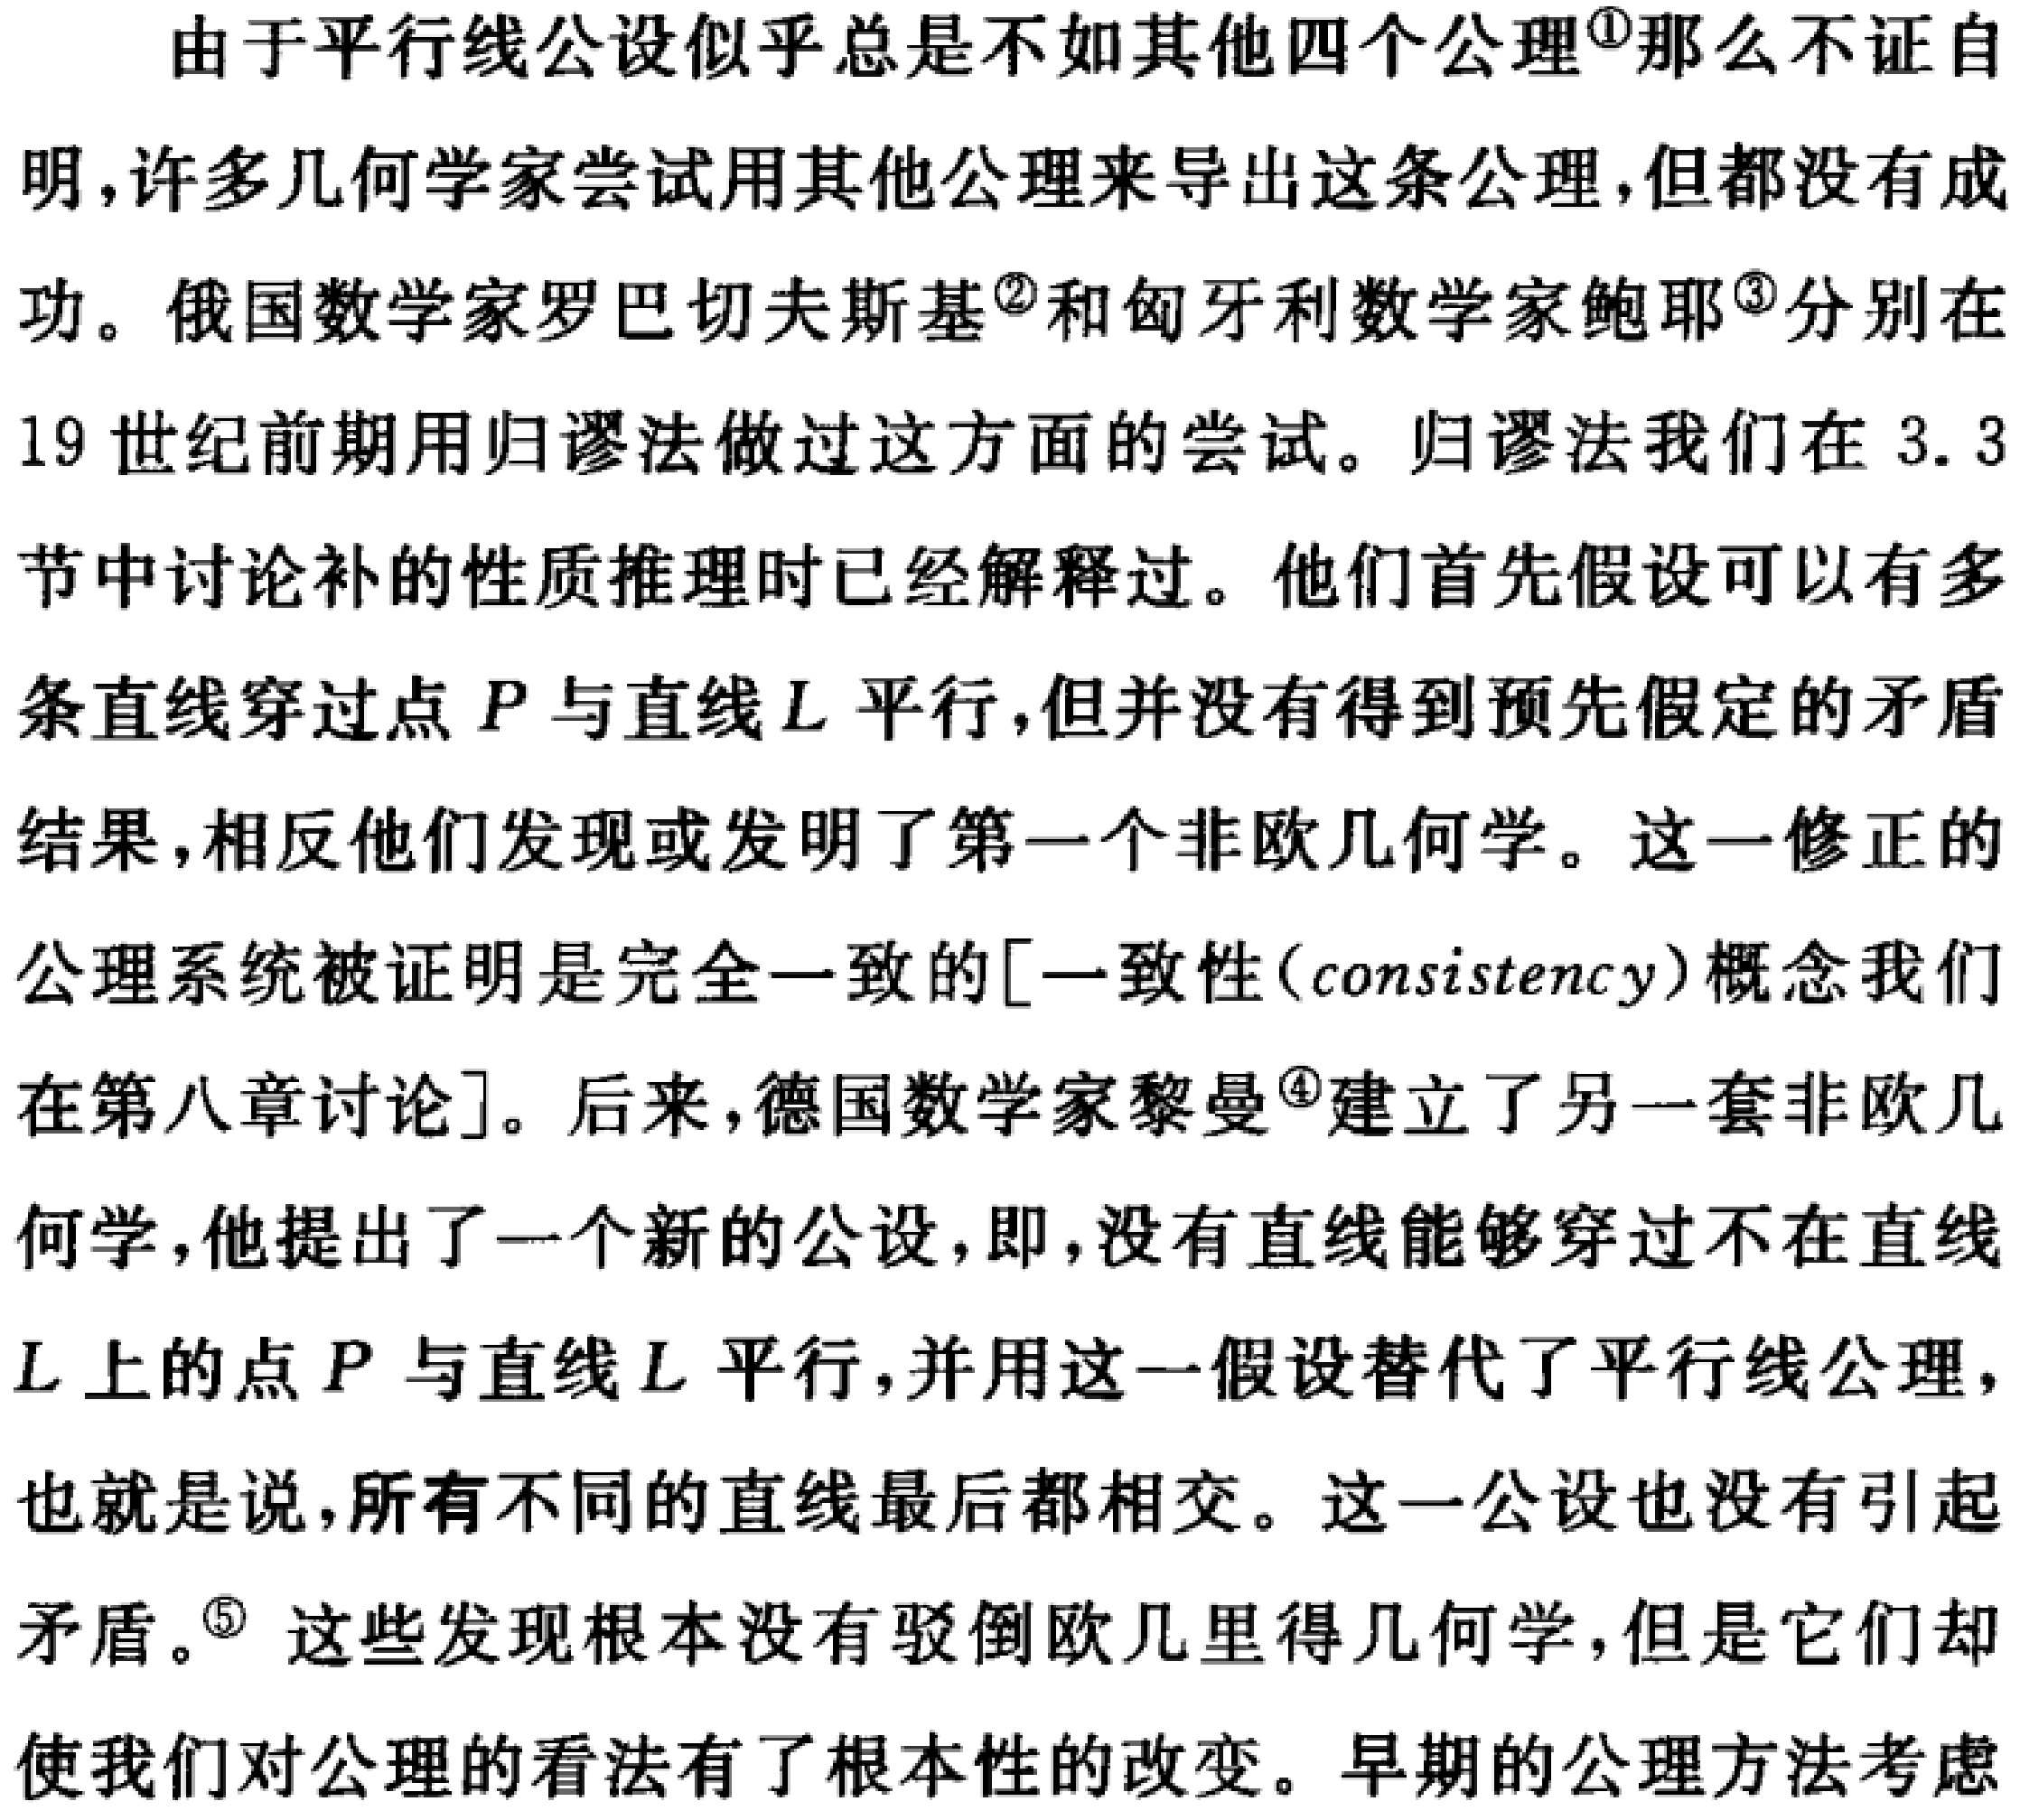
由于平行线公设似乎总是不如其他四个公理\textsuperscript{\textcircled{1}}那么不证自明，许多几何学家尝试用其他公理来导出这条公理，但都没有成功。俄国数学家罗巴切夫斯基\textsuperscript{\textcircled{2}}和匈牙利数学家鲍耶\textsuperscript{\textcircled{3}}分别在19世纪前期用归谬法做过这方面的尝试。归谬法我们在3.3节中讨论补的性质推理时已经解释过。他们首先假设可以有多条直线穿过点\(P\)与直线\(L\)平行，但并没有得到预先假定的矛盾结果，相反他们发现或发明了第一个非欧几何学。这一修正的公理系统被证明是完全一致的[一致性（consistency）概念我们在第八章讨论]。后来，德国数学家黎曼\textsuperscript{\textcircled{4}}建立了另一套非欧几何学，他提出了一个新的公设，即，没有直线能够穿过不在直线\(L\)上的点\(P\)与直线\(L\)平行，并用这一假设替代了平行线公理，也就是说，所有不同的直线最后都相交。这一公设也没有引起矛盾。\textsuperscript{\textcircled{5}} 这些发现根本没有驳倒欧几里得几何学，但是它们却使我们对公理的看法有了根本性的改变。早期的公理方法考虑